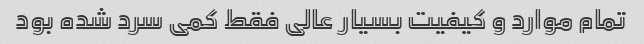
تمام موارد و کیفیت بسیار عالی فقط کمی سرد شده بود